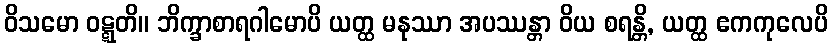
ဝိသမော ဝဋ္ဋတိ။ ဘိက္ခာစာရဂါမောပိ ယတ္ထ မနုဿာ အပဿန္တာ ဝိယ စရန္တိ, ယတ္ထ ဧကကုလေပိ